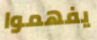
يفهموا